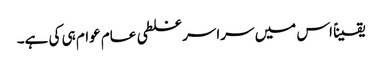
یقیناً اس میں سراسر غلطی عام عوام ہی کی ہے۔